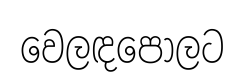
වෙලඳපොලට